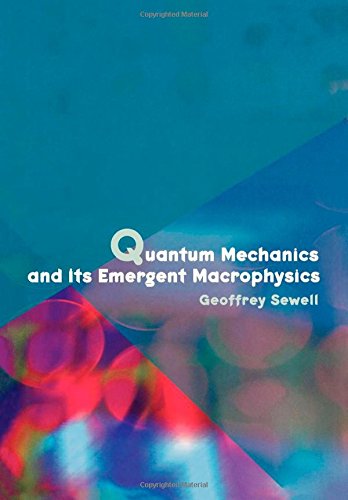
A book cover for Quantum Mechanics and Its Emergent Macrophysics; Geoffrey Sewell; Science & Math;